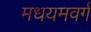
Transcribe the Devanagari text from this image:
मधयमवर्ग